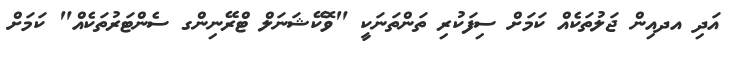
އަދި އދއިން ޖަލުތަކެއް ކަމަށް ސިފަކުރި ތަންތަނަކީ "ވޮކޭޝަނަލް ޓްރޭނިންގ ސެންޓަރުތަކެއް" ކަމަށް